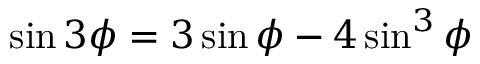
\sin 3 \phi = 3 \sin \phi - 4 \sin ^ { 3 } \phi \,